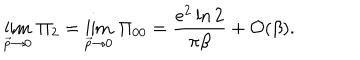
\lim _ { \vec { p } \rightarrow 0 } \, \Pi _ { 2 } = \lim _ { \vec { p } \rightarrow 0 } \, \Pi _ { 0 0 } = { \frac { e ^ { 2 } \ln 2 } { \pi \beta } } + { \cal O } ( \beta ) .